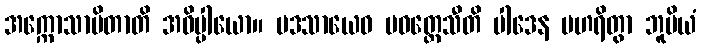
အက္ကောသာပိတာတိ အဓိပ္ပါယော။ ပဒသာယေဝ ပဝတ္တေသီတိ ပါဒေန ပဟရိတွာ ဘူမိယံ